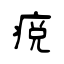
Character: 痥